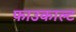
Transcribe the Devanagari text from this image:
फाउकाल्ट